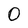
Character: 0